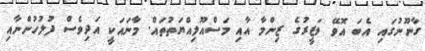
ގާނޫނުގައި އެބަ އޮވޭ ވަޒީރުގެ ޒިންމާ އާއި މަސްއޫލިއްޔަތުތައް. މާނައަކީ އަދިވެސް ފުލުހުންނާއި